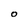
Character: O